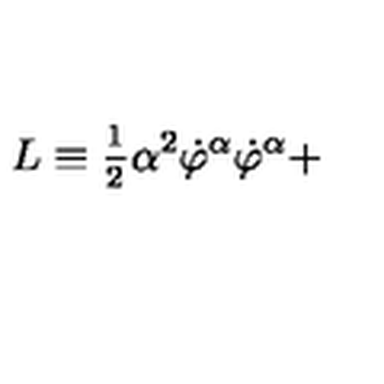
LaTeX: L \equiv \frac { _ 1 } { ^ 2 } \alpha ^ { 2 } \dot { \varphi } ^ { \alpha } \dot { \varphi } ^ { \alpha } +